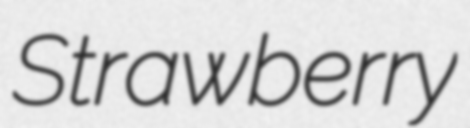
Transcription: Strawberry